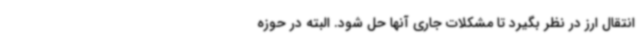
انتقال ارز در نظر بگیرد تا مشکلات جاری آنها حل شود. البته در حوزه